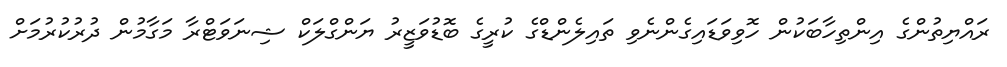
ރައްޔިތުންގެ އިންތިހާބަކުން ހޮވިވަޑައިގެންނެވި ތައިލެންޑްގެ ކުރީގެ ބޮޑުވަޒީރު ޔަންގްލަކް ޝިނަވަޓްރާ މަގާމުން ދުރުކުރުމަށް